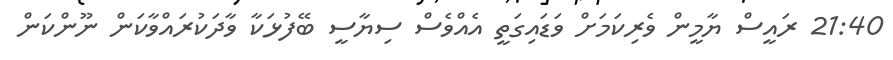
21:40 ރައީސް ޔާމީން ވެރިކަމަށް ވަޑައިގަތީ އެއްވެސް ސިޔާސީ ބޭފުޅަކާ ވާދަކުރައްވާކަން ނޫންކަން